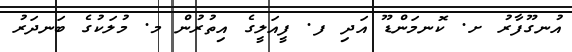
އުނގޫފާރު ށ. ކޮނމަންޑޫ އަދި ފ. ފީއަލީގެ އިތުރުން މ. މުލަކުގެ ބަނދަރު